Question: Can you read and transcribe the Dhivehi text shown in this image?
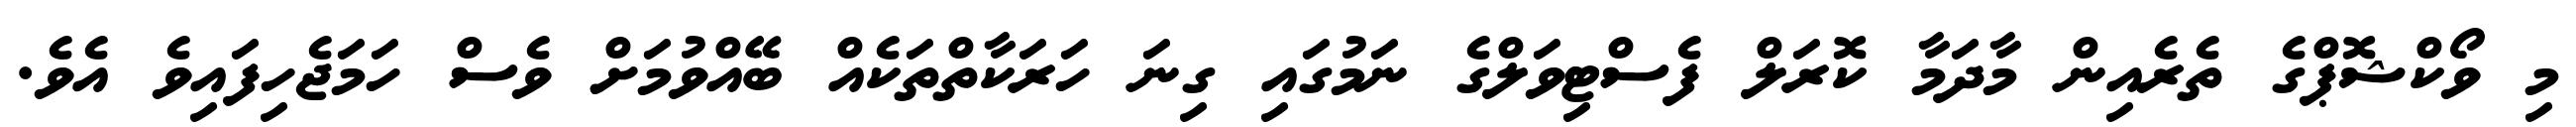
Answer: މި ވޯކްޝޮޕްގެ ތެރެއިން މާދަމާ ކޮރަލް ފެސްޓިވަލްގެ ނަމުގައި ގިނަ ހަރަކާތްތަކެއް ބޭއްވުމަށް ވެސް ހަމަޖެހިފައިވެ އެވެ.